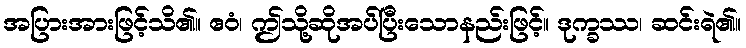
အပြားအားဖြင့်သိ၏။ ဧဝံ၊ ဤသို့ဆိုအပ်ပြီးသောနည်းဖြင့်။ ဒုက္ခဿ၊ ဆင်းရဲ၏။